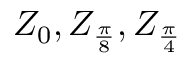
Z _ { 0 } , Z _ { \frac { \pi } { 8 } } , Z _ { \frac { \pi } { 4 } }